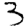
Digit: 3